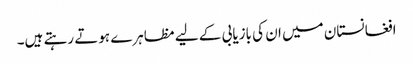
افغانستان میں ان کی بازیابی کے لیے مظاہرے ہوتے رہتے ہیں۔